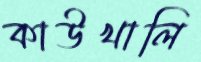
কাউখালি